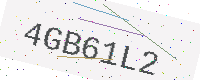
Text: 4GB61L2